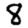
Digit: 8